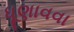
ધૂણાવવા